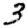
Digit: 3